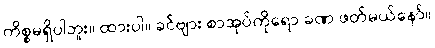
ကိစ္စမရှိပါဘူး။ ထားပါ။ ခင်ဗျား စာအုပ်ကိုရော ခဏ ဖတ်မယ်နော်။